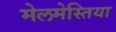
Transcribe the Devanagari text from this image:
मेलमेस्तिया